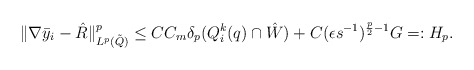
\begin{align*}\Vert \nabla \bar{y}_i- \hat{R} \Vert^p_{L^p(\tilde{Q})} \le CC_m\delta_p(Q^k_i(q)\cap \hat{W}) + C (\epsilon s^{-1})^{\frac{p}{2} -1} G =: H_p.\end{align*}